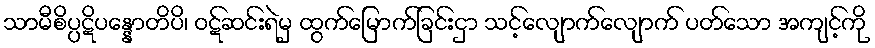
သာမီစိပ္ပဋိပန္နောတိပိ၊ ဝဋ်ဆင်းရဲမှ ထွက်မြောက်ခြင်းငှာ သင့်လျောက်လျောက် ပတ်သော အကျင့်ကို